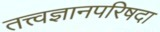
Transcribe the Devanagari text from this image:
तत्त्वज्ञानपरिषदा